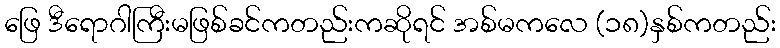
ဖြေ ဒီရောဂါကြီးမဖြစ်ခင်ကတည်းကဆိုရင် အစ်မကလေ (၁၈)နှစ်ကတည်း